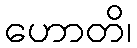
ဟောတိ၊